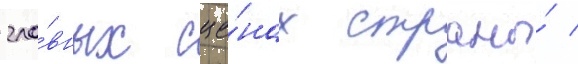
гла́вных сце́нах страны́ /